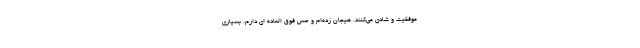
موفقیت و شادی می‌کنند. هیجان زده‌ام و حس فوق العاده ای دارم. بسیاری